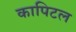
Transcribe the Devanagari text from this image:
कापिटल